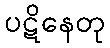
ပဋိနေတု